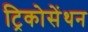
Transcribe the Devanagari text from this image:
ट्रिकोसेंथन